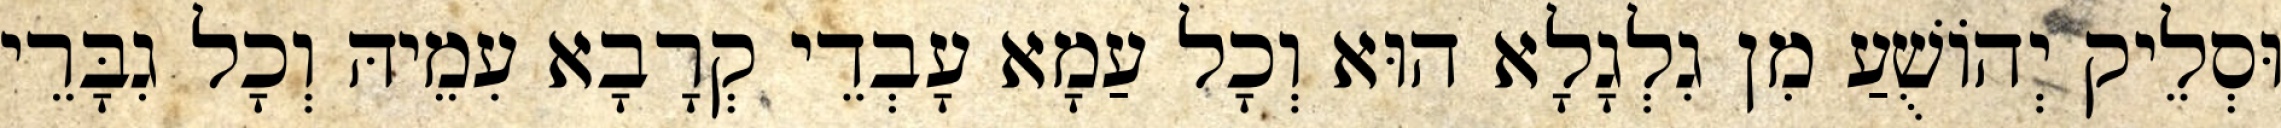
וּסְלֵיק יְהוֹשֻׁעַ מִן גִלְגָלָא הוּא וְכָל עַמָא עָבְדֵי קְרָבָא עִמֵיהּ וְכָל גִבָּרֵי